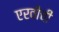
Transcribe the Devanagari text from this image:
एरवीची